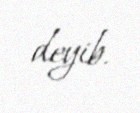
deyib.